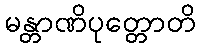
မန္တာဏိပုတ္တောတိ